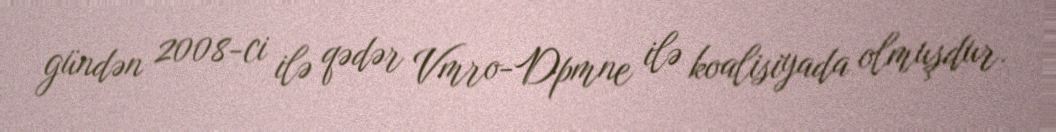
gündən 2008-ci ilə qədər Vmro-Dpmne ilə koalisiyada olmuşdur.